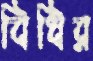
বিধির